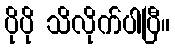
ပိုပို သိလိုက်ပါပြီ။